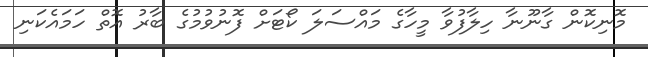
މޮނިކޮން ގާނޫނާ ހިލާފުވާ މީހާގެ މައްސަލަ ކޯޓަށް ފޮނުވުމުގެ ބާރު އޮތް ހަމައެކަނި